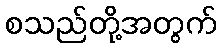
စသည်တို့အတွက်